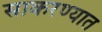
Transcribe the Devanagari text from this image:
साकरण्यात